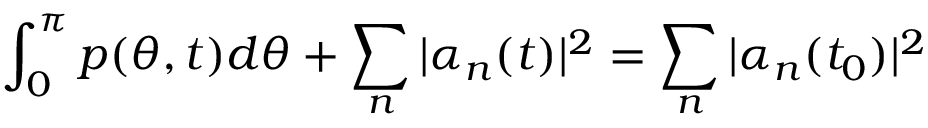
\int _ { 0 } ^ { \pi } p ( \theta , t ) d \theta + \sum _ { n } \vert \alpha _ { n } ( t ) \vert ^ { 2 } = \sum _ { n } \vert \alpha _ { n } ( t _ { 0 } ) \vert ^ { 2 }